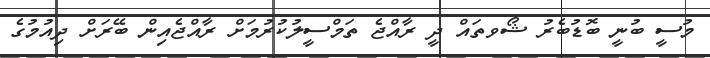
މުސީ ބުނީ ބޮޑުބެރު ޝޯވތައް ދީ ރާއްޖެ ތަމްސީލުކުރުމަށް ރާއްޖެއިން ބޭރަށް ދިއުމުގެ